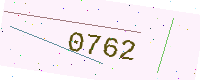
Text: 0762